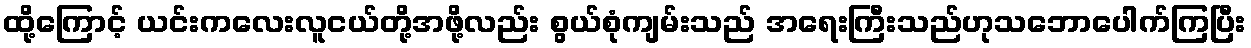
ထို့ကြောင့် ယင်းကလေးလူငယ်တို့အဖို့လည်း စွယ်စုံကျမ်းသည် အရေးကြီးသည်ဟုသဘောပေါက်ကြပြီး